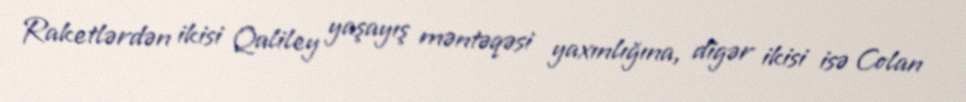
Raketlərdən ikisi Qaliley yaşayış məntəqəsi yaxınlığına, digər ikisi isə Colan